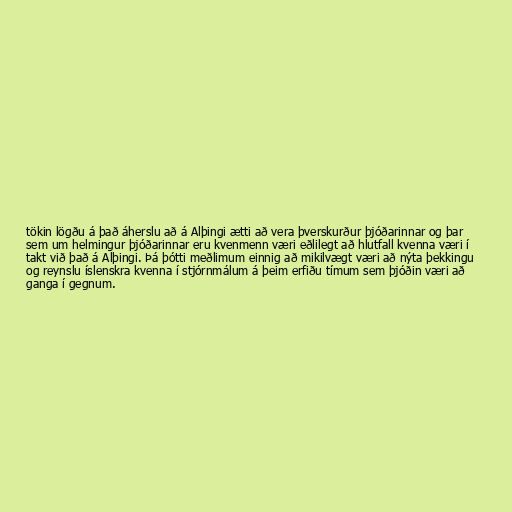
tökin lögðu á það áherslu að á Alþingi ætti að vera þverskurður þjóðarinnar og þar
sem um helmingur þjóðarinnar eru kvenmenn væri eðlilegt að hlutfall kvenna væri í
takt við það á Alþingi. Þá þótti meðlimum einnig að mikilvægt væri að nýta þekkingu
og reynslu íslenskra kvenna í stjórnmálum á þeim erfiðu tímum sem þjóðin væri að
ganga í gegnum.